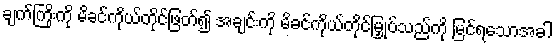
ချက်ကြိုးကို မိခင်ကိုယ်တိုင်ဖြတ်၍ အချင်းကို မိခင်ကိုယ်တိုင်မြှုပ်သည်ကို မြင်ရသောအခါ